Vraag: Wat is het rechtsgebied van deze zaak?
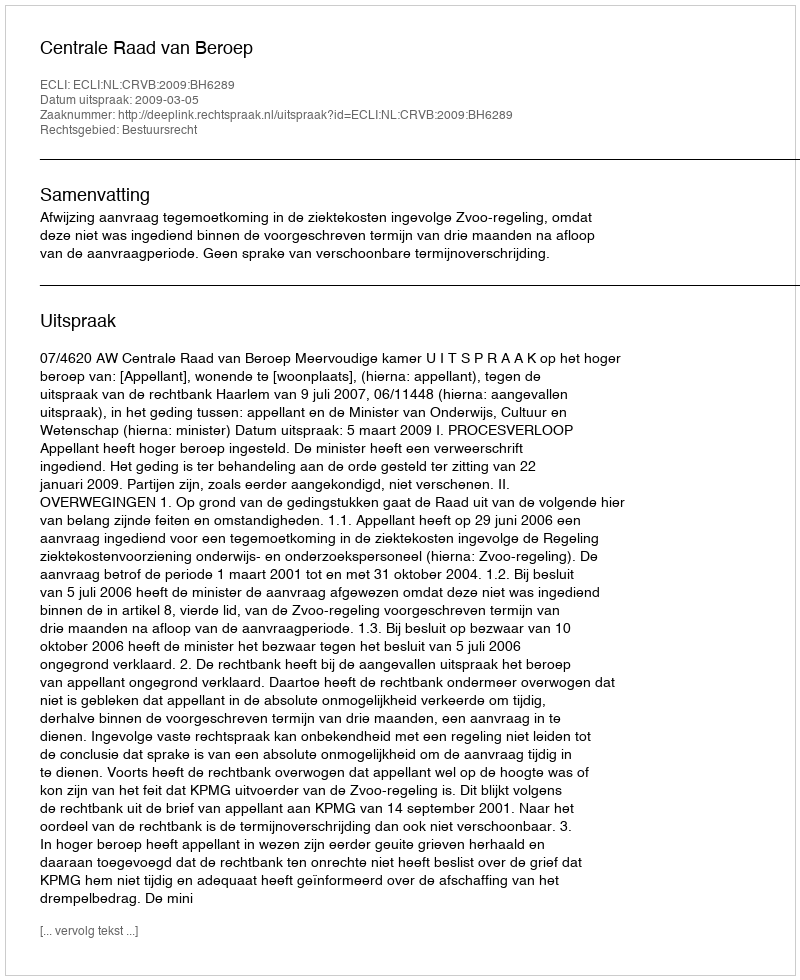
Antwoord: Bestuursrecht